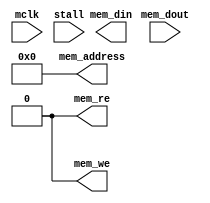
module interpreter(
	input wire mclk,
	input wire stall,
	output reg[31:0] mem_address,
	output reg[31:0] mem_din,
	input wire[31:0] mem_dout,
	output reg mem_re = 0,
	output reg mem_we = 0
	/*output wire[15:0] dbg,
	output reg[11:0] vga_address,
	output reg[7:0] vga_data,
	output reg vga_we = 0*/
);

initial begin
	mem_address = 32'h0;
end

/*reg[7:0] inst[0:1];
initial begin
	inst[0] = 8'hFF;
	inst[1] = 8'hFF;
	//inst[2] = 8'hFF;
end

parameter state_load = 2'b00;
parameter state_exe0 = 2'b01;
parameter state_exe1 = 2'b10;
reg[1:0] state = state_exe0;

assign dbg = {inst[0], inst[1]};

wire has_control = !stall && !mem_re && !mem_we;

always @ (posedge mclk) begin
	if(has_control) begin
		case(state)
			state_load: begin
				inst[0] <= mem_dout[15:8];
				inst[1] <= mem_dout[7:0];
				state <= state_exe0;
			end
			state_exe0: begin
				case(inst[0])
					255: begin // Startup Step 0 - Write 223 to mem 0
						mem_address <= 0;
						mem_din <= {8'd221, 8'h00};
						mem_we <= 1;
						state <= state_exe1;
					end
					221: begin // Nop
						vga_address <= vga_address + 1;
						vga_data <= vga_data + 1;
						vga_we <= 1;
					end
					default: begin // Trap
						vga_address <= vga_address + 1;
						vga_data <= 0;
						vga_we <= 1;
					end
				endcase
			end
			state_exe1: begin
				case(inst[0])
					255: begin // Startup Step 2 - Read mem 0 into inst.
						mem_address <= 0;
						mem_re <= 1;
						state <= state_load;
					end
					default: begin // Trap
						vga_address <= vga_address + 1;
						vga_data <= 0;
						vga_we <= 1;
					end
				endcase
			end
			default: begin
				inst[0] <= 8'hDE;
				inst[1] <= 8'hAD;
				state <= state;
			end
		endcase
	end else begin
		mem_re <= 0;
		mem_we <= 0;
	end
end*/

endmodule